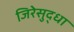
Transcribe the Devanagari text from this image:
जिरेसुद्धा